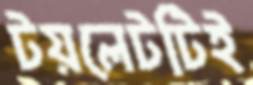
টয়লেটটিই